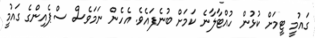
ގައުމީ ޓީމަށް ކުޅުން ހުއްޓާލާނެ ކަމަށް ބުނެފައެވެ. އެހެން ނަމަވެސް ސްޕެއިންގެ ގައުމީ